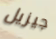
جيزيل